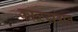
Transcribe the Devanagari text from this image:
काळखंडात